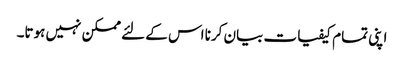
اپنی تمام کیفیات بیان کرنا اس کے لئے ممکن نہیں ہوتا۔